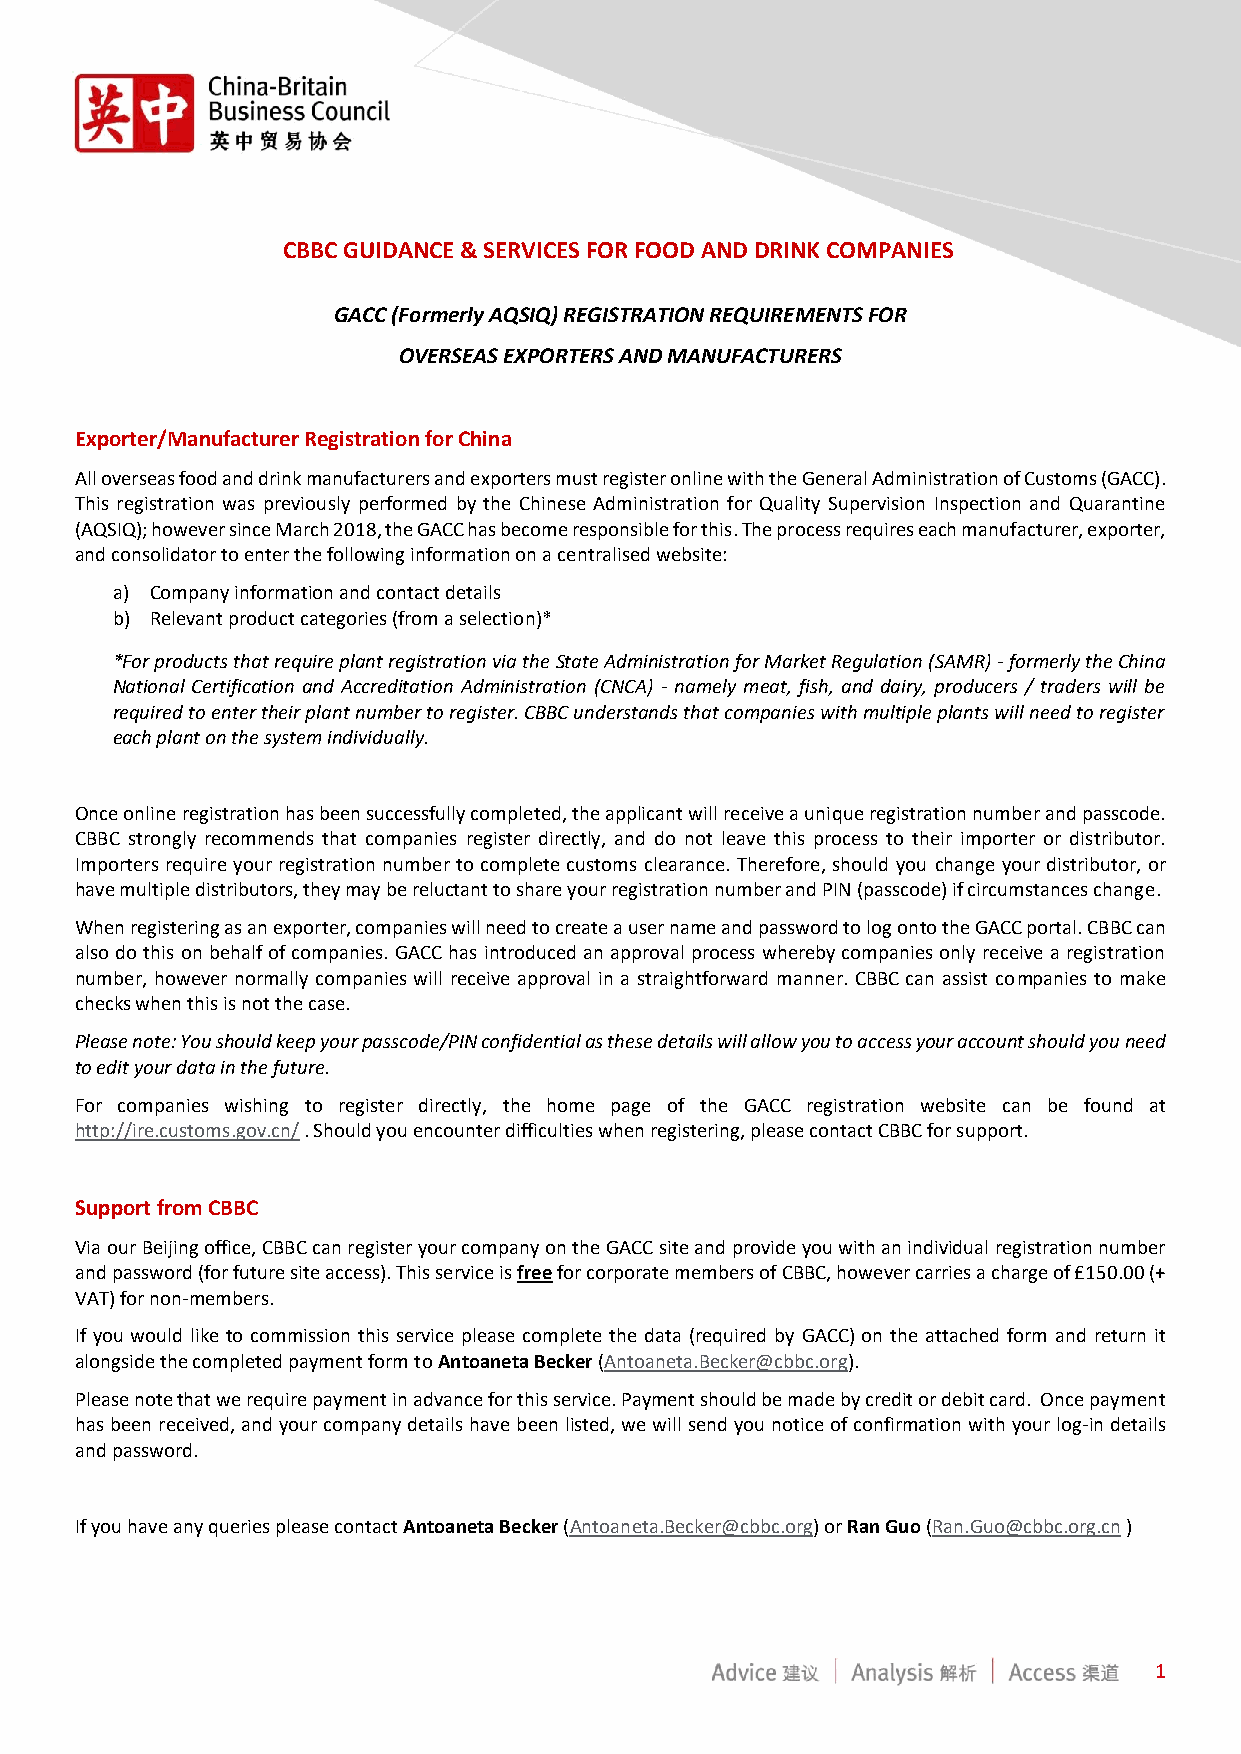
CBBC GUIDANCE & SERVICES FOR FOOD AND DRINK COMPANIES
 GACC (Formerly AQSIQ) REGISTRATION REQUIREMENTS FOR
 OVERSEAS EXPORTERS AND MANUFACTURERS
 Exporter/Manufacturer Registration for China
 All overseas food and drink manufacturers and exporters must register online with the General Administration of Customs (GACC).
 This registration was previously performed by the Chinese Administration for Quality Supervision Inspection and Quarantine
 (AQSIQ); however since March 2018, the GACC has become responsible for this. The process requires each manufacturer, exporter,
 and consolidator to enter the following information on a centralised website:
 a) Company information and contact details
 b) Relevant product categories (from a selection)*
 *For products that require plant registration via the State Administration for Market Regulation (SAMR) - formerly the China
 National Certification and Accreditation Administration (CNCA) - namely meat, fish, and dairy, producers / traders will be
 required to enter their plant number to register. CBBC understands that companies with multiple plants will need to register
 each plant on the system individually.
 Once online registration has been successfully completed, the applicant will receive a unique registration number and passcode.
 CBBC strongly recommends that companies register directly, and do not leave this process to their importer or distributor.
 Importers require your registration number to complete customs clearance. Therefore, should you change your distributor, or
 have multiple distributors, they may be reluctant to share your registration number and PIN (passcode) if circumstances change.
 When registering as an exporter, companies will need to create a user name and password to log onto the GACC portal. CBBC can
 also do this on behalf of companies. GACC has introduced an approval process whereby companies only receive a registration
 number, however normally companies will receive approval in a straightforward manner. CBBC can assist companies to make
 checks when this is not the case.
 Please note: You should keep your passcode/PIN confidential as these details will allow you to access your account should you need
 to edit your data in the future.
 For companies wishing to register directly, the home page of the GACC registration website can be found at
 http://ire.customs.gov.cn/ . Should you encounter difficulties when registering, please contact CBBC for support.
 Support from CBBC
 Via our Beijing office, CBBC can register your company on the GACC site and provide you with an individual registration number
 and password (for future site access). This service is free for corporate members of CBBC, however carries a charge of £150.00 (+
 VAT) for non-members.
 If you would like to commission this service please complete the data (required by GACC) on the attached form and return it
 alongside the completed payment form to Antoaneta Becker (Antoaneta.Becker@cbbc.org).
 Please note that we require payment in advance for this service. Payment should be made by credit or debit card. Once payment
 has been received, and your company details have been listed, we will send you notice of confirmation with your log-in details
 and password.
 If you have any queries please contact Antoaneta Becker (Antoaneta.Becker@cbbc.org) or Ran Guo (Ran.Guo@cbbc.org.cn )
 1